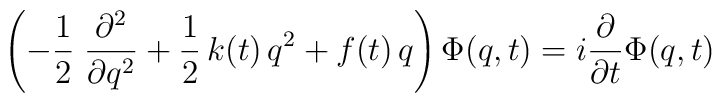
\left( -\frac 12\;\frac{\partial ^2}{\partial q^2}+\frac12\,k(t)\,q^2+f(t)\,q\right) \Phi (q,t)=i\frac \partial {\partial t}\Phi(q,t)